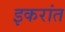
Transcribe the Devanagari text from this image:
इकरांत